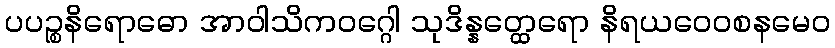
ပပဉ္စနိရောဓော အာဝါသိကဝဂ္ဂေါ သုဒိန္နတ္ထေရော နိရယဝေဝစနမေဝ